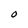
Character: 0